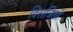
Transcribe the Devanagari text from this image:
दिसत्रितो